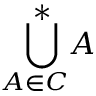
{ \underset { A \in C } { \, \, \bigcup ^ { * } \! } } A